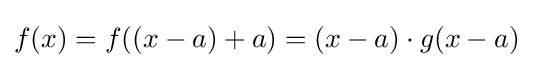
f(x)=f((x-a)+a)=(x-a)\cdot g(x-a)